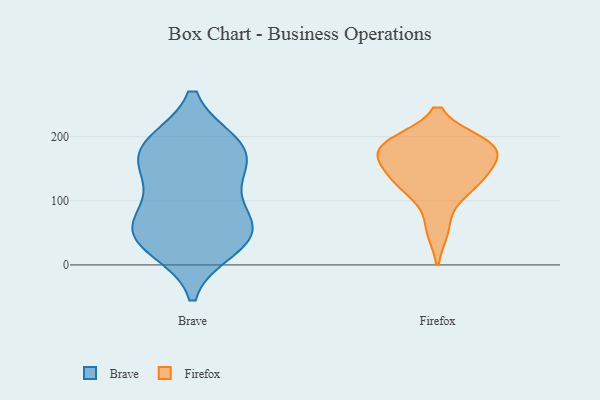
{"axis": {"x": "Bounce Rate (%)", "y": "Value"}, "legend": ["Brave", "Firefox"], "data": [{"x": "", "y": 55, "type": "Brave"}, {"x": "", "y": 48, "type": "Brave"}, {"x": "", "y": 125, "type": "Brave"}, {"x": "", "y": 27, "type": "Brave"}, {"x": "", "y": 77, "type": "Brave"}, {"x": "", "y": 168, "type": "Brave"}, {"x": "", "y": 185, "type": "Brave"}, {"x": "", "y": 188, "type": "Brave"}, {"x": "", "y": 36, "type": "Brave"}, {"x": "", "y": 145, "type": "Brave"}, {"x": "", "y": 62, "type": "Brave"}, {"x": "", "y": 186, "type": "Brave"}, {"x": "", "y": 115, "type": "Firefox"}, {"x": "", "y": 154, "type": "Firefox"}, {"x": "", "y": 129, "type": "Firefox"}, {"x": "", "y": 132, "type": "Firefox"}, {"x": "", "y": 190, "type": "Firefox"}, {"x": "", "y": 56, "type": "Firefox"}, {"x": "", "y": 181, "type": "Firefox"}, {"x": "", "y": 185, "type": "Firefox"}, {"x": "", "y": 189, "type": "Firefox"}, {"x": "", "y": 170, "type": "Firefox"}]}